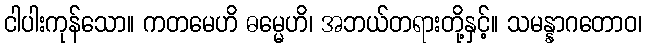
ငါပါးကုန်သော။ ကတမေဟိ ဓမ္မေဟိ၊ အဘယ်တရားတို့နှင့်။ သမန္နာဂတောဝ၊